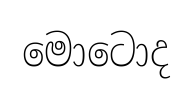
මොටොද